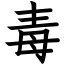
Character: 毒